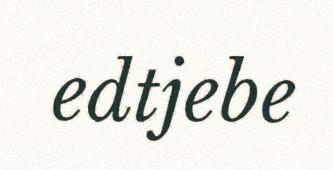
edtjebe